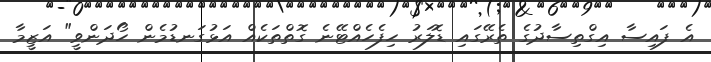
އެ ފައިސާ އިގްތިސާދުގެ ތެރޭގައި ޑޮލަރު ހިފެހެއްޓޭނެ ގޮތްތަކެއް އަޅުގަނޑުމެން ހޯދަންވީ" އަޒީމާ